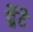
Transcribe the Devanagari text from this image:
ट्वेंटे